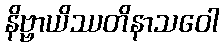
နိဗ္ဗာယိဿတိနာသဝေါ